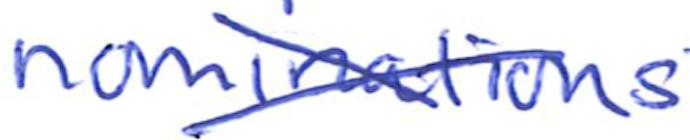
Text: nominations
Cross-out: cross
Writing tool: ballpoint